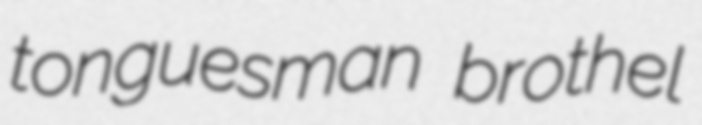
tonguesman brothel